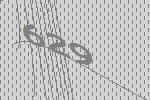
629